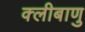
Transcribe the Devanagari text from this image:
क्लीबाणु